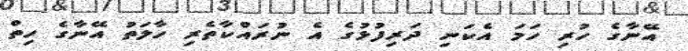
އޭނާގެ ހުރި ހަމަ އެކަނި ދަރިފުޅުގެ އެ ނުރައްކާތެރި ހާލަތު އޭނާގެ ހިތް